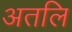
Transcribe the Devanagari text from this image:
अतलि